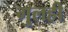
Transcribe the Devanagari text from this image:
गुलही